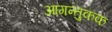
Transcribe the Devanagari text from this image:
आगन्तुकक